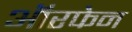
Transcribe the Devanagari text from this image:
ऑरफेन